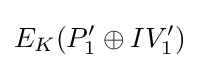
E_{K}(P_{1}'\oplus IV_{1}')